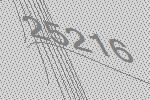
25216